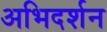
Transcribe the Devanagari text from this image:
अभिदर्शन